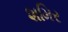
શમિર